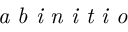
\textit { a b i n i t i o }